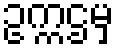
ဥက္ကဌမှ